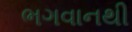
ભગવાનથી